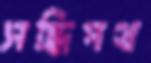
সন্ধিপথ